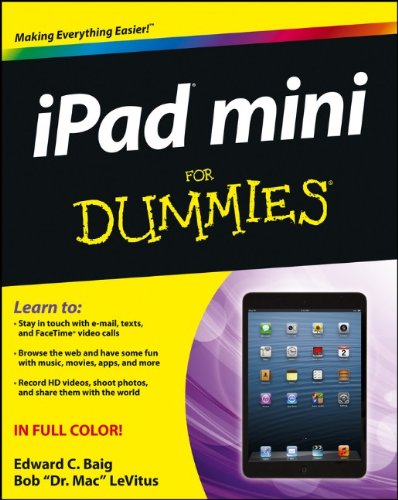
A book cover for iPad mini For Dummies; Edward C. Baig; Computers & Technology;